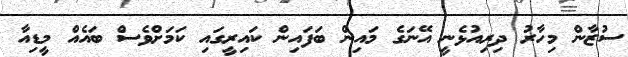
ސުޒާން މިހާރު ދިރިއުޅެނީ އޭނަގެ މައިން ބަފައިން ކައިރީގައި ކަމަށްވެސް ބައެއް މީޑިއާ